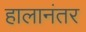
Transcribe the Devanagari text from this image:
हालानंतर